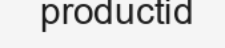
productid